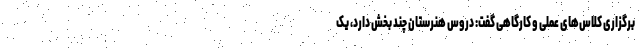
برگزاری کلاس‌های عملی و کارگاهی گفت: دروس هنرستان چند بخش دارد، یک